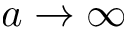
a \to \infty